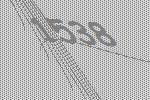
1538